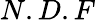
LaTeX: N.D.F